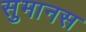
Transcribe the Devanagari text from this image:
सुमानस